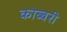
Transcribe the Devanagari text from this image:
कोब्बरी